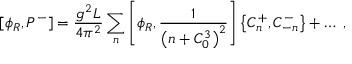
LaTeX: [ \phi _ { R } , P ^ { - } ] = { \frac { g ^ { 2 } L } { 4 \pi ^ { 2 } } } \sum _ { n } \left[ \phi _ { R } , { \frac { 1 } { \left( n + C _ { 0 } ^ { 3 } \right) ^ { 2 } } } \right] \left\{ C _ { n } ^ { + } , C _ { - n } ^ { - } \right\} + \dots \; ,